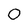
Character: O